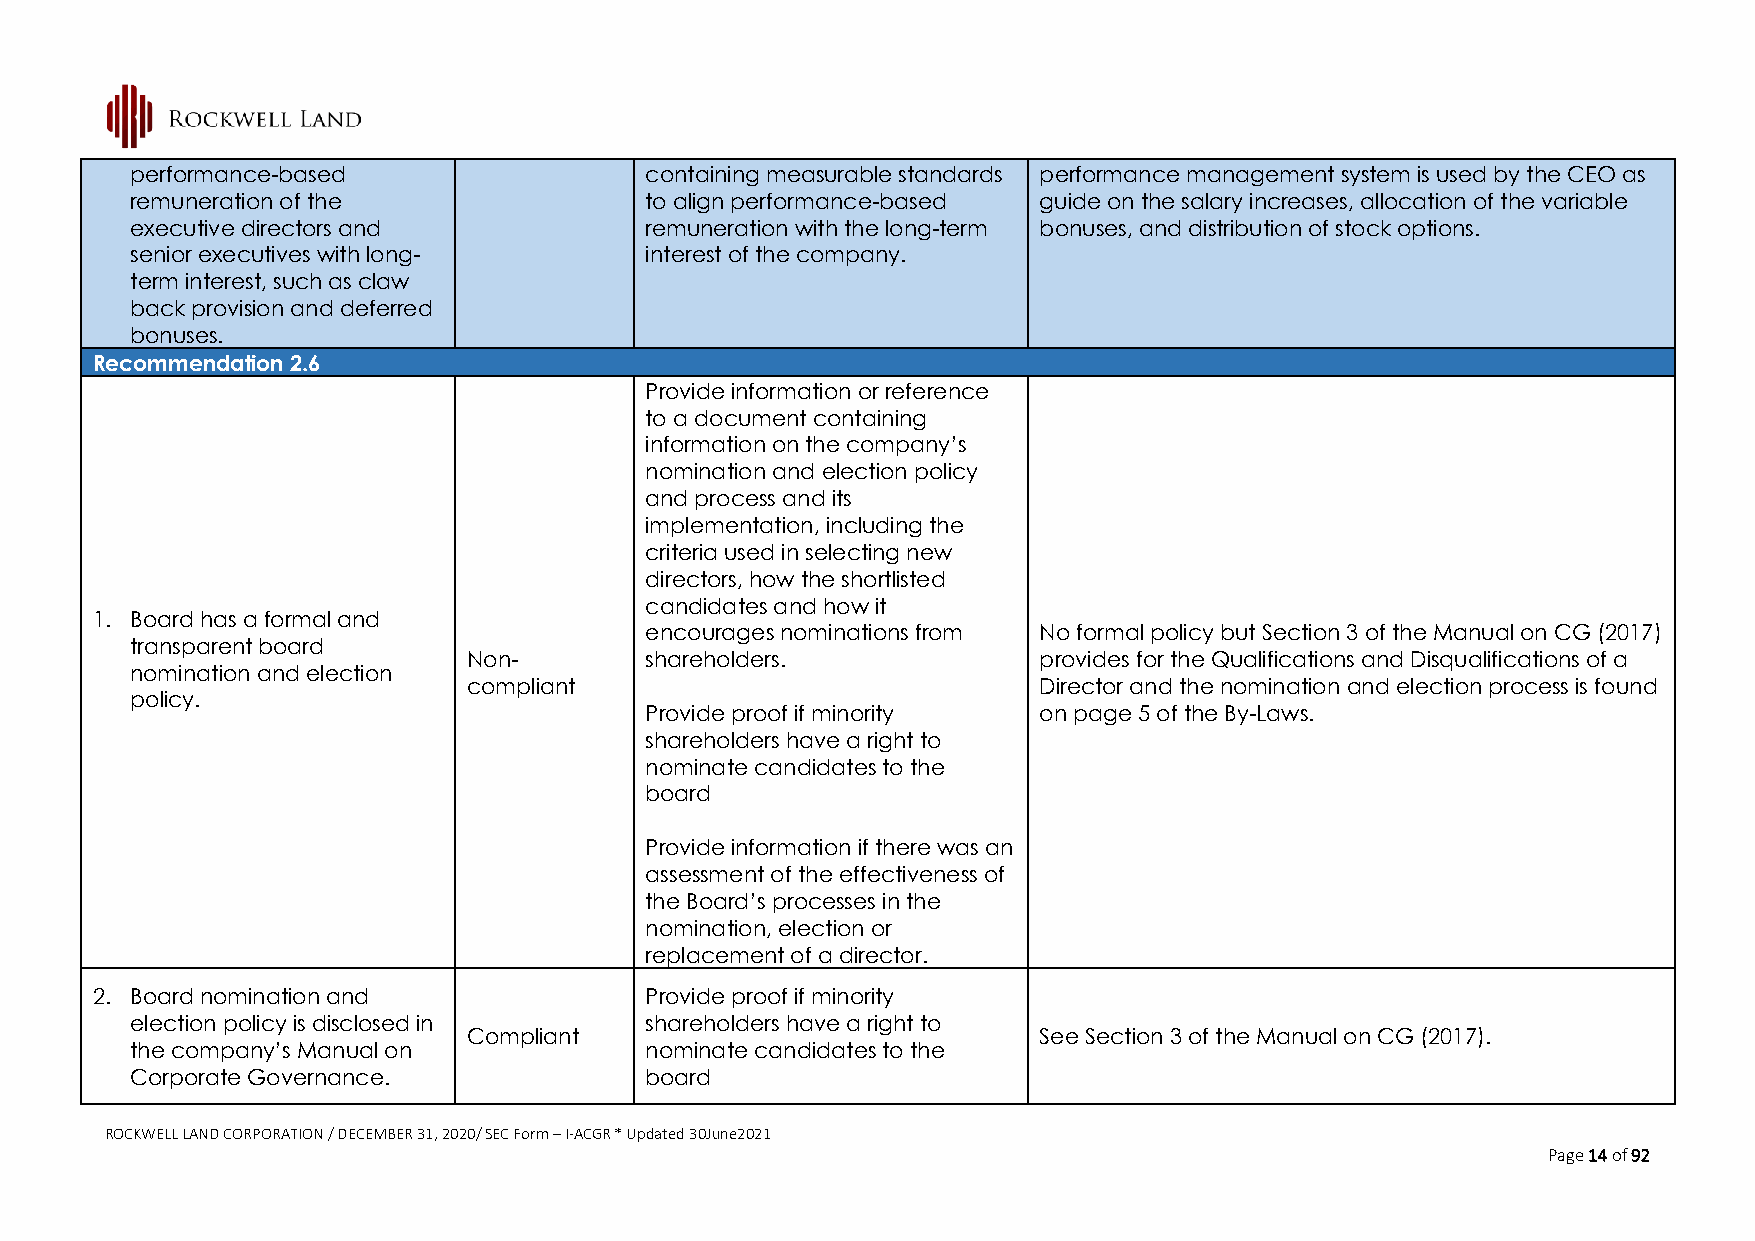
performance-based                 containing measurable standards performance management system is used by the CEO as
 remuneration of the               to align performance-based guide on the salary increases, allocation of the variable
 executive directors and           remuneration with the long-term bonuses, and distribution of stock options.
 senior executives with long-      interest of the company.
 term interest, such as claw
 back provision and deferred
 bonuses.
 Recommendation 2.6
 Provide information or reference
 to a document containing
 information on the company’s
 nomination and election policy
 and process and its
 implementation, including the
 criteria used in selecting new
 directors, how the shortlisted
 candidates and how it
 1. Board has a formal and
 encourages nominations from No formal policy but Section 3 of the Manual on CG (2017)
 transparent board
 Non-        shareholders.             provides for the Qualifications and Disqualifications of a
 nomination and election
 compliant                             Director and the nomination and election process is found
 policy.
 Provide proof if minority on page 5 of the By-Laws.
 shareholders have a right to
 nominate candidates to the
 board
 Provide information if there was an
 assessment of the effectiveness of
 the Board’s processes in the
 nomination, election or
 replacement of a director.
 2. Board nomination and              Provide proof if minority
 election policy is disclosed in   shareholders have a right to
 Compliant                             See Section 3 of the Manual on CG (2017).
 the company’s Manual on           nominate candidates to the
 Corporate Governance.             board
 ROCKWELL LAND CORPORATION / DECEMBER 31, 2020/ SEC Form – I-ACGR * Updated 30June2021
 Page 14 of 92